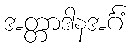
အတ္တာဒါနအင်္ဂံ